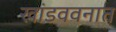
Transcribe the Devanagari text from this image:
खांडववनात